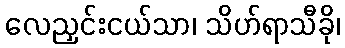
လေညှင်းငယ်သာ၊ သိဟ်ရာသီခို၊